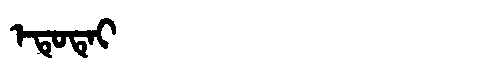
Manchu: ᡝᡨᡠᡨᡝᡳ
Romanization: ETUTEI